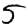
Digit: 5